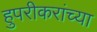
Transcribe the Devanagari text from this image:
हुपरीकरांच्या